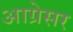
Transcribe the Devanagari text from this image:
आग्रेसर